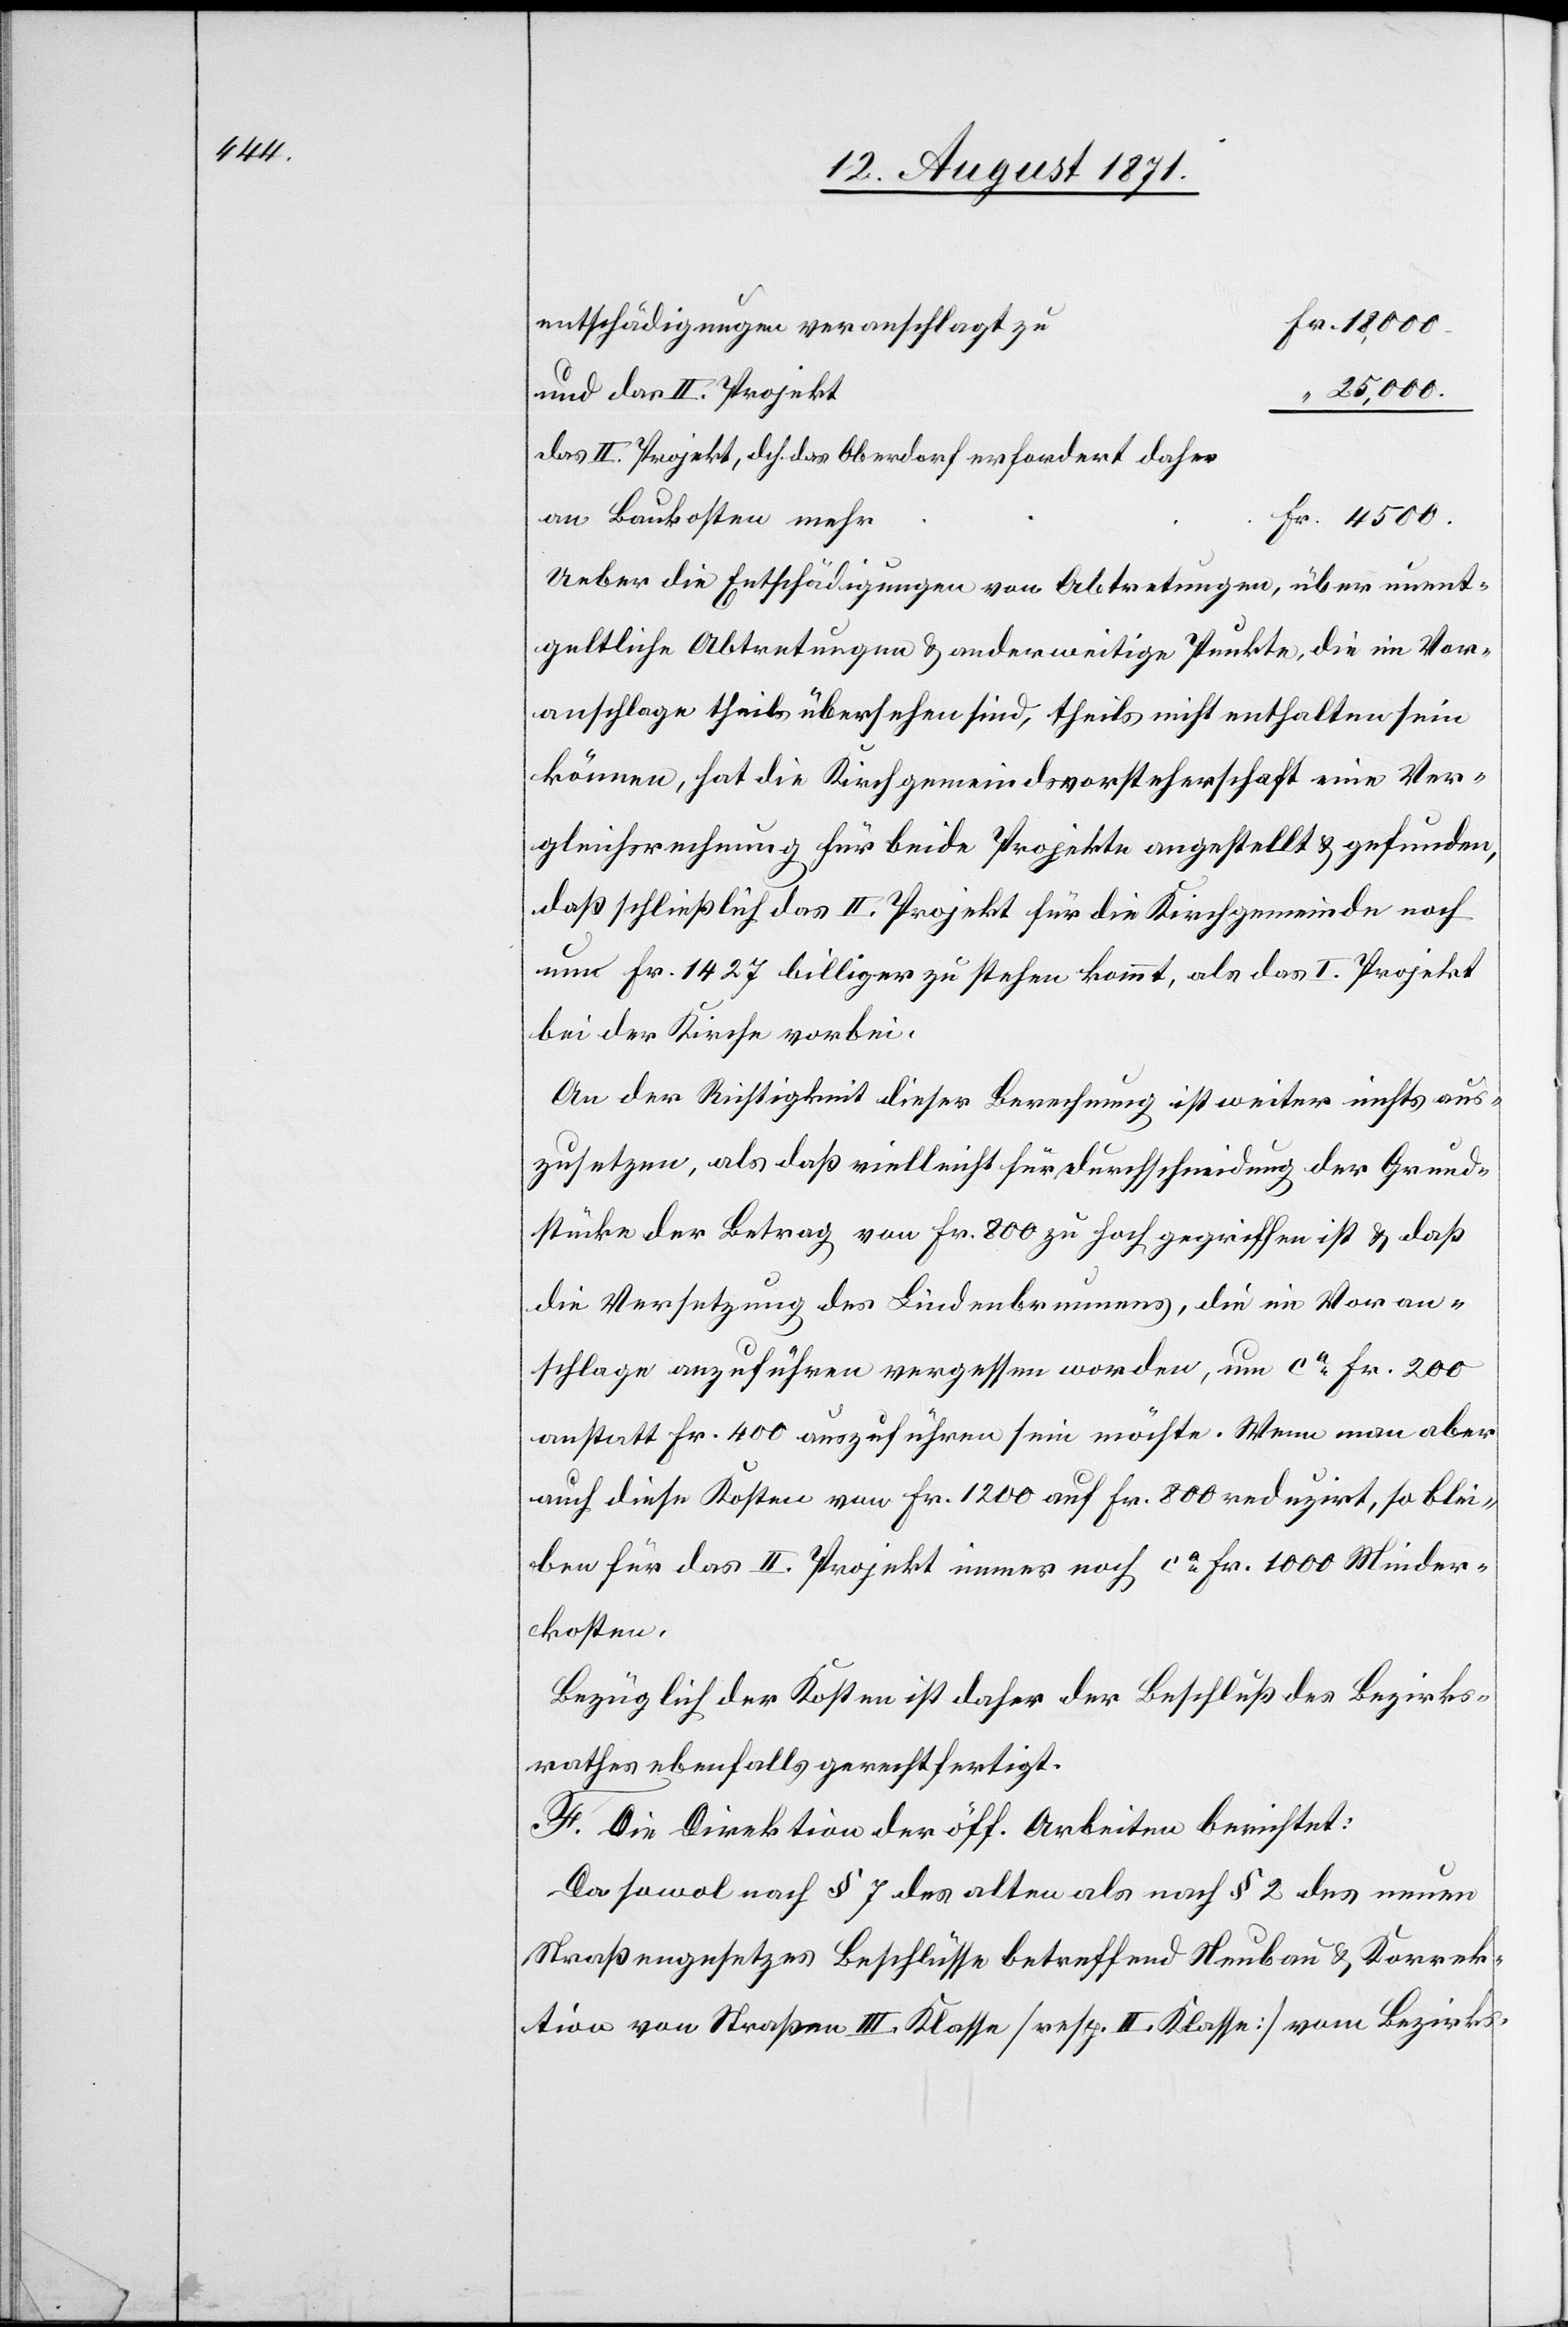
Fr. 18,000
entschädigungen veranschlagt zu
und das II. Projekt
“ 25,000
das II. Projekt, d. h. das Oberdorf erfordert daher
Fr. 4500
an Baukosten mehr
Ueber die Entschädigungen von Abtretungen, über unent¬
geltliche Abtretungen & anderweitige Punkte, die im Vor¬
anschlage theils übersehen sind, theils nicht enthalten sein
können, hat die Kirchgemeindsvorsteherschaft eine Aus¬
gleichsrechnung für beide Projekte angestellt & gefunden,
daß schließlich das II. Projekt für die Kirchgemeinde noch
um Fr. 1427 billiger zu stehen kommt, als das I. Projekt
bei der Kirche vorbei.
An der Richtigkeit dieser Berechnung ist weiter nichts aus¬
zusetzen, als daß vielleicht für Durchschneidung der Grund¬
stücke der Ertrag von Fr. 800 zu hoch gegriffen ist & daß
die Versetzung des Lindenbrunnens, die im Voran¬
schlage auszuführen vergessen worden, um ca Fr. 200
anstatt Fr. 400 auszuführen sein möchte. Wenn man aber
auf diese Kosten von Fr. 1200 auf Fr. 600 reduzirt, so blei¬
ben für das II. Projekt immer noch ca Fr. 1000 Minder¬
kosten.
Bezüglich der Kosten ist daher der Beschluß der Bezirks¬
rathes ebenfalls gerechtfertigt.
F. Die Direktion der öff. Arbeiten berichtet:
Da sowol nach § 7 der alten als nach § 2 des neuen
Straßengesetzes Beschlüsse betreffend Neubau & Korrek¬
tion von Straßen III. Klasse [resp. II. Klasse] vom Bezirks-